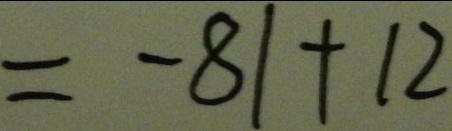
= - 8 1 + 1 2